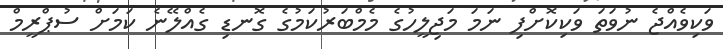
ވަކިވެއްޖެ ނުވަތަ ވަކިކޮށްފި ނަމަ މަޖިލީހުގެ މެމްބަރުކަމުގެ ގޮނޑި ގެއްލޭނެ ކަމަށް ސުޕްރީމް